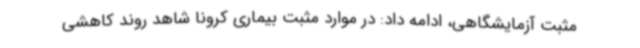
مثبت آزمایشگاهی، ادامه داد: در موارد مثبت بیماری کرونا شاهد روند کاهشی